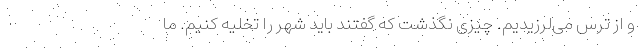
و از ترس می‌لرزیدیم. چیزی نگذشت که گفتند باید شهر را تخلیه کنیم. ما